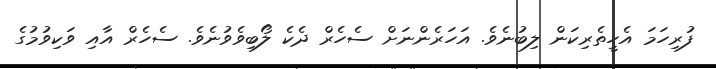
ފުރިހަމަ އެހީތެރިކަން ލިބުނެވެ. އަހަރެންނަށް ސެހެރް ދެކެ ލޯބިވެވުނެވެ. ސެހެރް އާއި ވަކިވުމުގެ